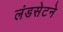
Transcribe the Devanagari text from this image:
लंडसेटने